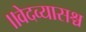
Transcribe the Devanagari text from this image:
॥वेदव्यासश्च